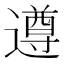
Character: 遵